Investigations on Bengal jail dietaries - Number 37
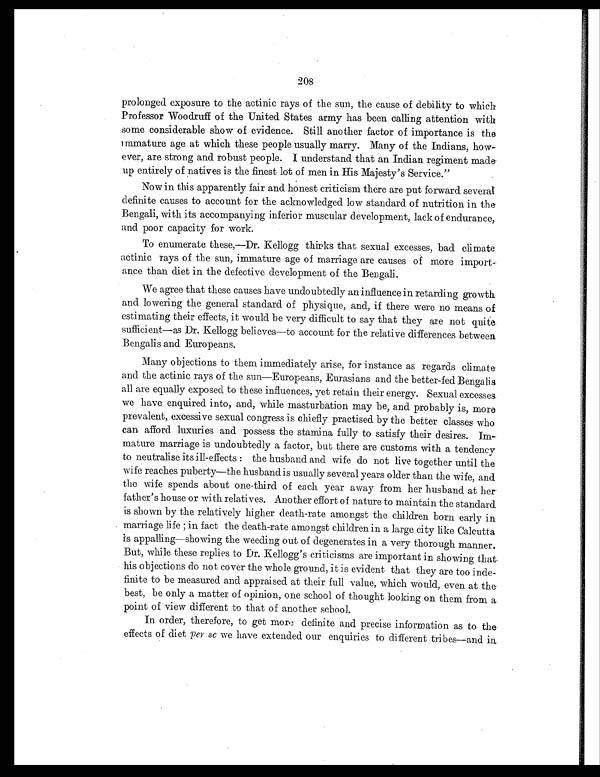
208
prolonged exposure to the actinic rays of the sun, the cause of debility to which
Professor Woodruff of the United States army has been calling attention with
some considerable show of evidence. Still another factor of importance is the
immature age at which these people usually marry. Many of the Indians, how
ever, are strong and robust people. I understand that an Indian regiment made
up entirely of natives is the finest lot of men in His Majesty's Service."
Now in this apparently fair and honest criticism there are put forward several
definite causes to account for the acknowledged low standard of nutrition in the
Bengali, with its accompanying inferior muscular development, lack of endurance,
and poor capacity for work.
To enumerate these,—Dr. Kellogg thinks that sexual excesses, bad climate
actinic rays of the sun, immature age of marriage are causes of more import-
ance than diet in the defective development of the Bengali.
We agree that these causes have undoubtedly an influence in retarding growth
and lowering the general standard of physique, and, if there were no means of
estimating their effects, it would be very difficult to say that they are not quite
sufficient—as Dr. Kellogg believes—to account for the relative differences between
Bengalis and Europeans.
Many objections to them immediately arise, for instance as regards climate
and the actinic rays of the sun—Europeans, Eurasians and the better-fed Bengalis
all are equally exposed to these influences, yet retain their energy. Sexual excesses
we have enquired into, and, while masturbation may be, and probably is, more
prevalent, excessive sexual congress is chiefly practised by the better classes, who
can afford luxuries and possess the stamina fully to satisfy their desires. Im
mature marriage is undoubtedly a factor, but there are customs with a tendency
to neutralise its ill-effects : the husband and wife do not live together until the
wife reaches puberty—the husband is usually several years older than the wife, and
the wife spends about one-third of each year away from her husband at her
father's house or with relatives. Another effort of nature to maintain the standard
is shown by the relatively higher death-rate amongst the children born early in
marriage life in fact the death-rate amongst children in a large city like Calcutta
is appalling—showing the weeding out of degenerates in a very thorough manner.
But, while these replies to Dr. Kellogg's criticisms are important in showing that
his objections do not cover the whole ground, it is evident that they are too inde-
-finite to be measured and appraised at their full value, which would, even at the
best, be only a matter of opinion, one school of thought looking on them from a
point of view different to that of another school.
In order, therefore, to get more definite and precise information as to the
effects of diet per se we have extended our enquiries to different tribes—and in